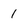
Character: 1